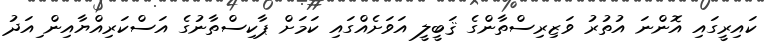
ކައިރީގައި އޮންނަ އުތުރު ވަޒިރިސްތާންގެ ޤަބީލީ އަވަށެއްގައި ކަމަށް ޕާކިސްތާނުގެ އަސްކަރިއްޔާއިން ިއަދު